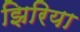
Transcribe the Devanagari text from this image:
झिरिया